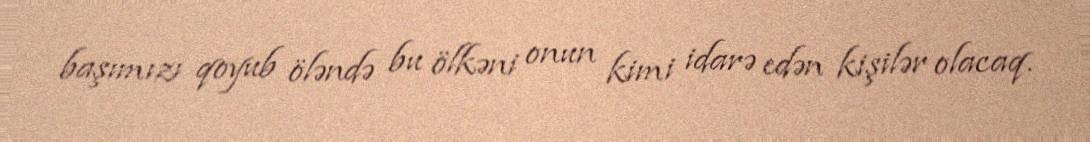
başımızı qoyub öləndə bu ölkəni onun kimi idarə edən kişilər olacaq.